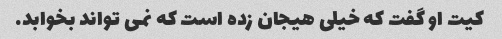
کیت او گفت که خیلی هیجان زده است که نمی تواند بخوابد.